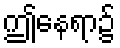
ဤနေရာ၌